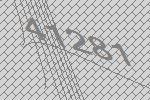
41281